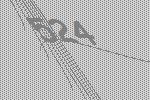
524